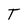
Character: T